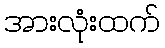
အားလုံးထက်